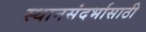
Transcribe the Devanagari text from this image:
स्थानसंदर्भासाठी